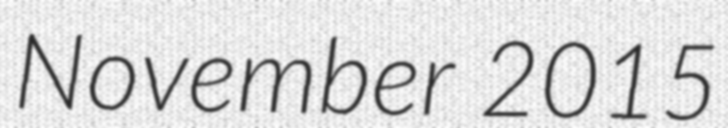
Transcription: November 2015